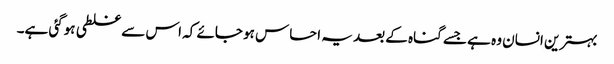
بہترین انسان وہ ہے جسے گناہ کے بعد یہ احساس ہو جائے کہ اس سے غلطی ہوگئی ہے۔